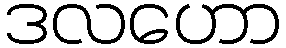
ဒလဟော